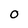
Character: 0